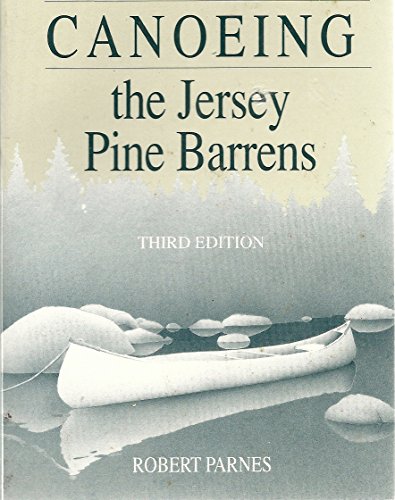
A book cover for Canoeing the Jersey Pine Barrens; Robert Parnes; Travel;